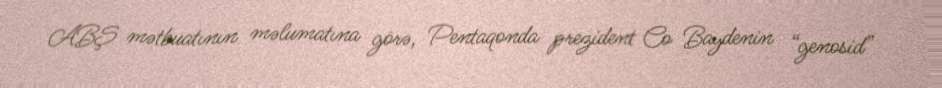
ABŞ mətbuatının məlumatına görə, Pentaqonda prezident Co Baydenin “genosid”